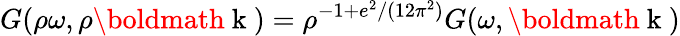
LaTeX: G(\rho\omega,\rho\mathrm{\boldmath~k~})=\rho^{-1+e^{2}/(12\pi^{2})}G(\omega,\mathrm{\boldmath~k~})